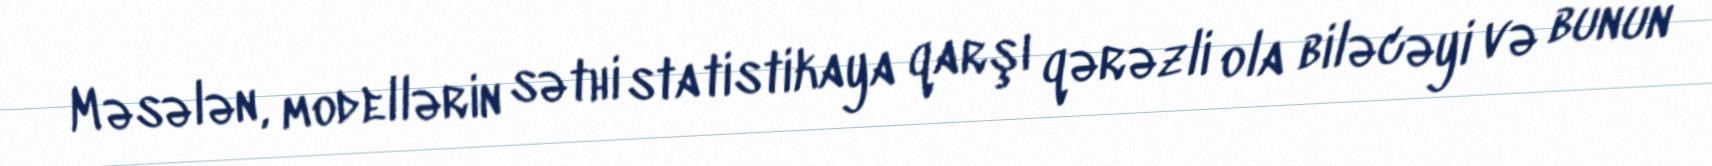
Məsələn, modellərin səthi statistikaya qarşı qərəzli ola biləcəyi və bunun